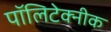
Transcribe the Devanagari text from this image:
पॉलिटेक्‍नीक